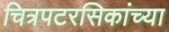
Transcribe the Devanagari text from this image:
चित्रपटरसिकांच्या